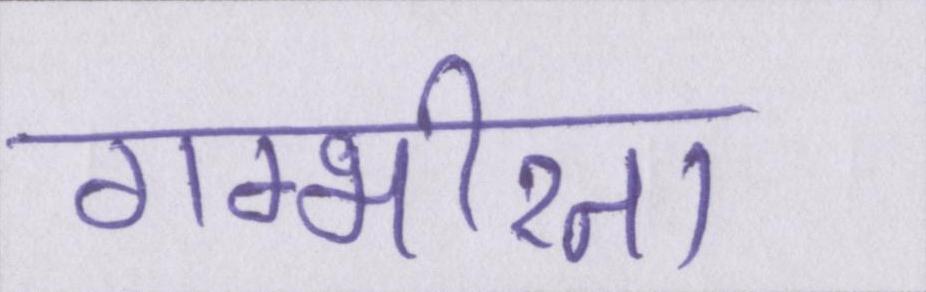
गम्भीरता